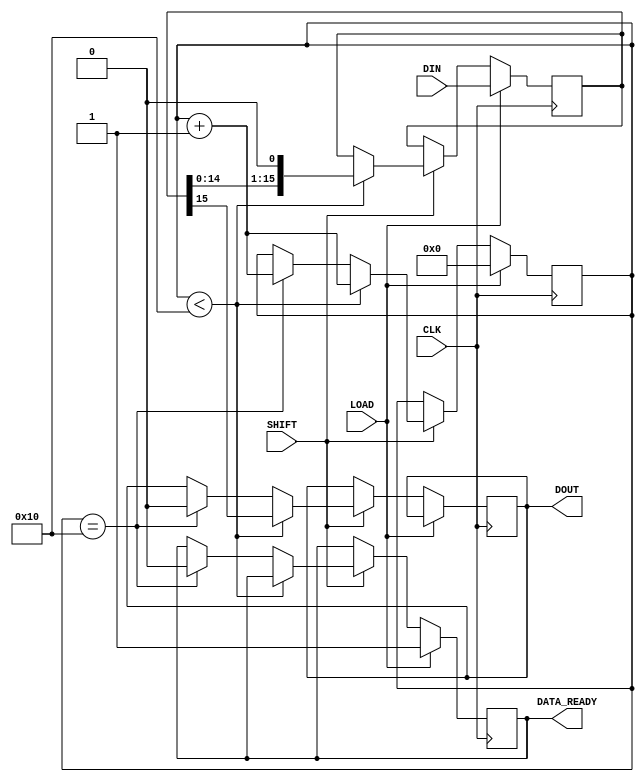
module PISO_Register (
    input wire [15:0] DIN,      // 16-bit parallel data input
    input wire LOAD,            // Load control signal
    input wire SHIFT,           // Shift control signal
    input wire CLK,             // Clock signal
    output reg DOUT,            // Serial output
    output reg DATA_READY       // Data ready flag (optional)
);

    reg [15:0] shift_reg;       // 16-bit shift register
    reg [4:0] count;            // Counter for the number of bits shifted out

    // State machine initialization
    initial begin
        shift_reg = 16'b0;      // Initialize the shift register to 0
        DOUT = 1'b0;            // Initialize DOUT to 0
        DATA_READY = 1'b0;      // Initialize data ready flag to 0
        count = 5'b0;           // Initialize counter
    end

    // Sequential logic for loading and shifting
    always @(posedge CLK) begin
        if (LOAD) begin
            // Load data into shift register on LOAD signal
            shift_reg <= DIN;     
            DATA_READY <= 1'b1;   // Set data ready flag when loaded
            count <= 5'b0;        // Reset count
        end else if (SHIFT) begin
            // Shift operation
            if (count < 16) begin
                DOUT <= shift_reg[15];      // Output MSB to DOUT
                shift_reg <= {shift_reg[14:0], 1'b0}; // Shift right
                count <= count + 1;         // Increment count
            end else if (count == 16) begin
                // Once all bits are shifted out, reset DOUT and DATA_READY
                DOUT <= 1'b0;               
                DATA_READY <= 1'b0;         // Reset data ready flag
                count <= count + 1;         // Continue to increment count
            end
        end
    end

endmodule